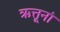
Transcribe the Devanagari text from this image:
ऋत्तूनां